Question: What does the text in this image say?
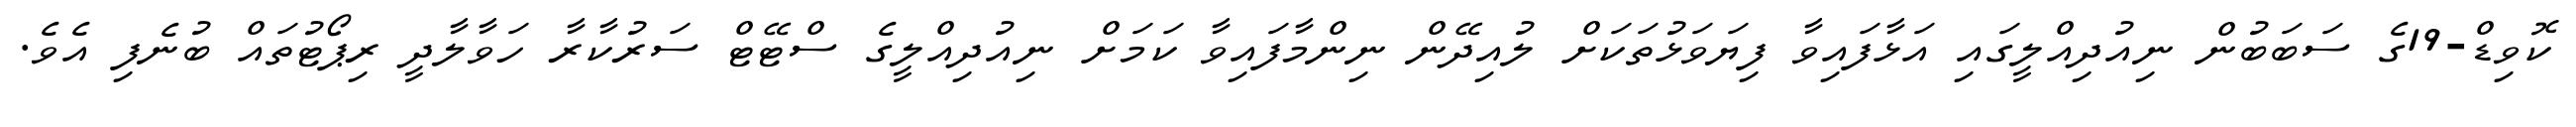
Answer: ކޮވިޑް-19ގެ ސަބަބުން ނިއުދިއްލީގައި އަޅާފައިވާ ފިޔަވަޅުތަކަށް ލުއިދޭން ނިންމާފައިވާ ކަމަށް ނިއުދިއްލީގެ ސްޓޭޓް ސަރުކާރާ ހަވާލާދީ ރިޕޯޓުތައް ބުނެފި އެވެ.